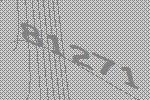
81271